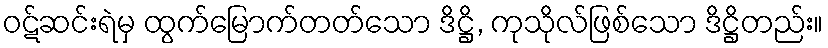
ဝဋ်ဆင်းရဲမှ ထွက်မြောက်တတ်သော ဒိဋ္ဌိ, ကုသိုလ်ဖြစ်သော ဒိဋ္ဌိတည်း။